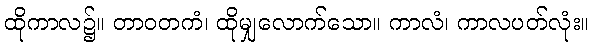
ထိုကာလ၌။ တာဝတကံ၊ ထိုမျှလောက်သော။ ကာလံ၊ ကာလပတ်လုံး။